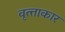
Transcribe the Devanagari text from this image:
वृत्त्ताकार